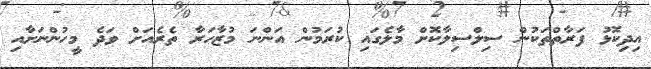
އިދިކޮޅު ފަރާތްތަކުން ސިލްސިލާކޮށް މާލެގައި ކުރަމުން އަންނަ މުޒާހަރާ ތެރެއަށް ވަދެ މީހުންނަށާއި